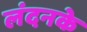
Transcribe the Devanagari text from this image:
लंदनके